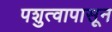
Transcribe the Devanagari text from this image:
पशुत्वापासून